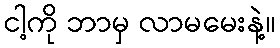
ငါ့ကို ဘာမှ လာမမေးနဲ့။